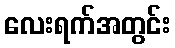
လေးရက်အတွင်း